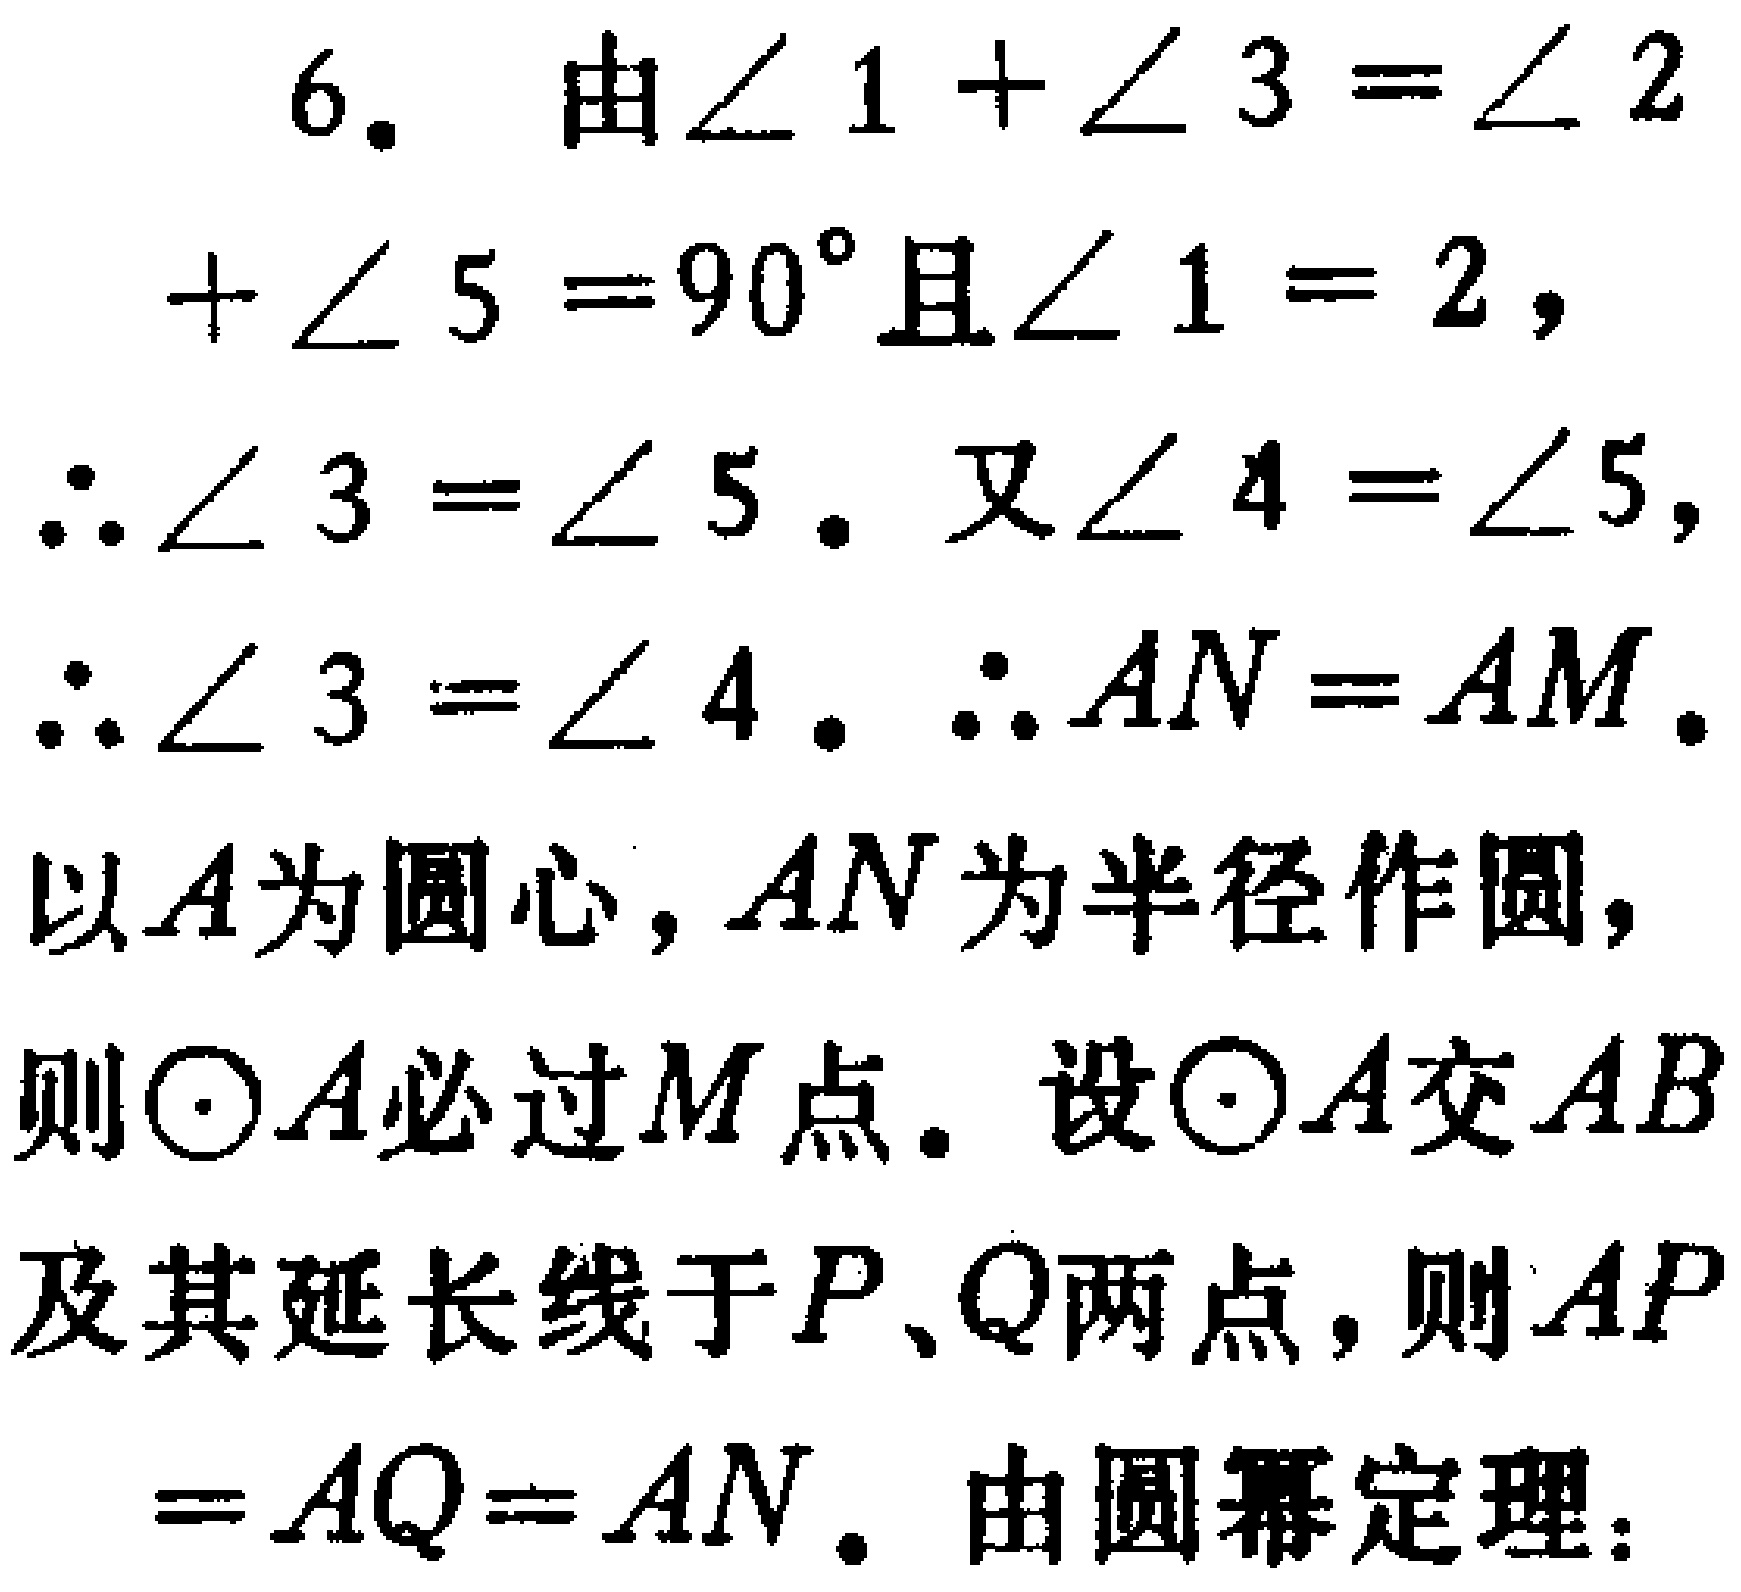
6. 由\(\angle 1 + \angle 3 = \angle 2+\angle 5 = 90^{\circ}\)且\(\angle 1 = 2\)，

\(\therefore \angle 3 = \angle 5\)。又\(\angle 4 = \angle 5\)，

\(\therefore \angle 3 = \angle 4\)。\(\therefore AN = AM\)。

以\(A\)为圆心，\(AN\)为半径作圆，

则\(\odot A\)必过\(M\)点。设\(\odot A\)交\(AB\)及其延长线于\(P、Q\)两点，则\(AP = AQ = AN\)。由圆幂定理：